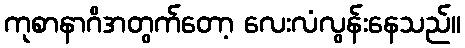
ကုစာနာဂိအတွက်တော့ လေးလံလွန်းနေသည်။